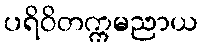
ပရိဝိတက္ကမညာယ